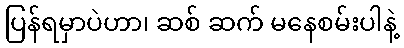
ပြန်ရမှာပဲဟာ၊ ဆစ် ဆက် မနေစမ်းပါနဲ့